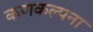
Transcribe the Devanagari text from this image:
कणकल्पना